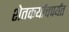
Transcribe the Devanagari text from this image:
शेतकर्याचपर्यंत